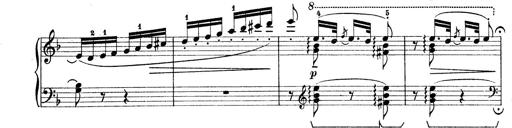
Title: Rapsodie: 19 ungheresi, 1 spagnuola
Composer: Franz Liszt